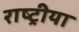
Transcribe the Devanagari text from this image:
राष्ट्रीया